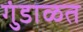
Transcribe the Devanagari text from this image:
गुंडाळत